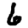
Digit: 6